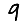
Digit: 9